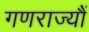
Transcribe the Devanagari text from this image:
गणराज्यौं